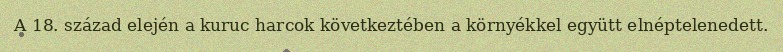
A 18. század elején a kuruc harcok következtében a környékkel együtt elnéptelenedett.